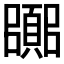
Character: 𮨘